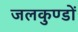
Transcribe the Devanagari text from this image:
जलकुण्डों